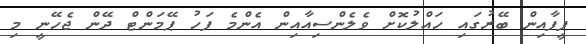
ފީފާއިން ބޭރުގައި ހައްލުކޮށް ވެލެންސިއާއިން އެންމެ ފަހު ޕޭމަންޓް ދޭން ޖެހޭނީ މި